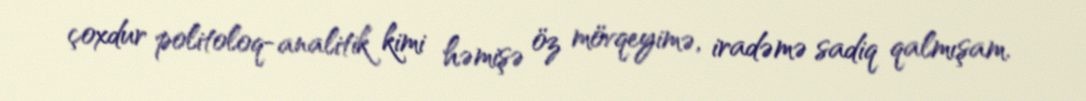
çoxdur politoloq-analitik kimi həmişə öz mövqeyimə, iradəmə sadiq qalmışam.